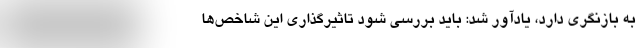
به بازنگری دارد، یادآور شد: باید بررسی شود تاثیرگذاری این شاخص‌ها